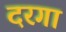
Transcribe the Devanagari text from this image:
दरगा